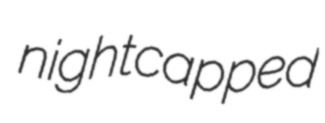
nightcapped